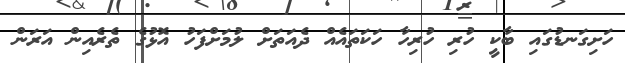
ހަށިގަނޑުގައި ބާކީ ހުރި ހުރިހާ ހަކަތައެއް ދެއަތަށް ލުމަށްފަހު އޮޅުގެ ތެރެއިން އަރަން